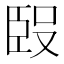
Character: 𰯰